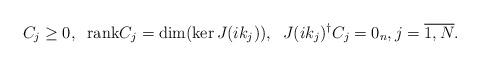
LaTeX: \begin{align*}C_j\ge0,\;\; {\rm rank} C_j=\dim(\ker J(ik_j)),\;\; J(ik_j)^\dagger C_j=0_n,j=\overline{1,N}.\end{align*}